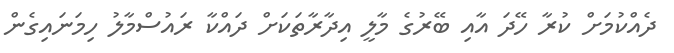
ދެއްކުމަށް ކުރާ ހޭދަ އާއި ބޭރުގެ މާލީ އިދާރާތަކަށް ދައްކާ ރައުސްމާލު ހިމަނައިގެން